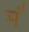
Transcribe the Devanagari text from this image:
मं॑